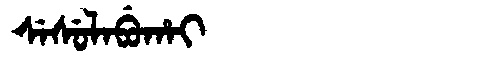
Manchu: ᠰᡝᠰᡠᠯᠠᠪᡠᡥᠠᡳ
Romanization: SESULABUHAI